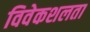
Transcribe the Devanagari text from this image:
विवेकशलता